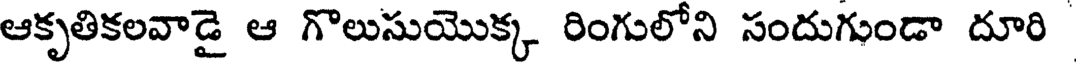
ఆకృతికలవాడై ఆ గొలుసుయొక్క రింగులోని సందుగుండా దూరి